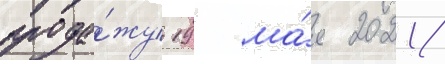
прода́жу 19 ма́я 2021